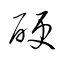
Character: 硬